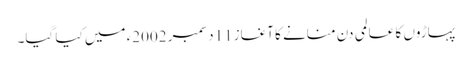
پہاڑوں کا عالمی دن منانے کا آغاز11 دسمبر 2002ء میں کیا گیا۔